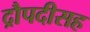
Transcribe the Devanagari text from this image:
द्रौपदीसह